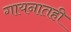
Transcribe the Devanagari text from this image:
गायनातही